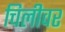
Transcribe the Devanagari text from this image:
चिलीवर